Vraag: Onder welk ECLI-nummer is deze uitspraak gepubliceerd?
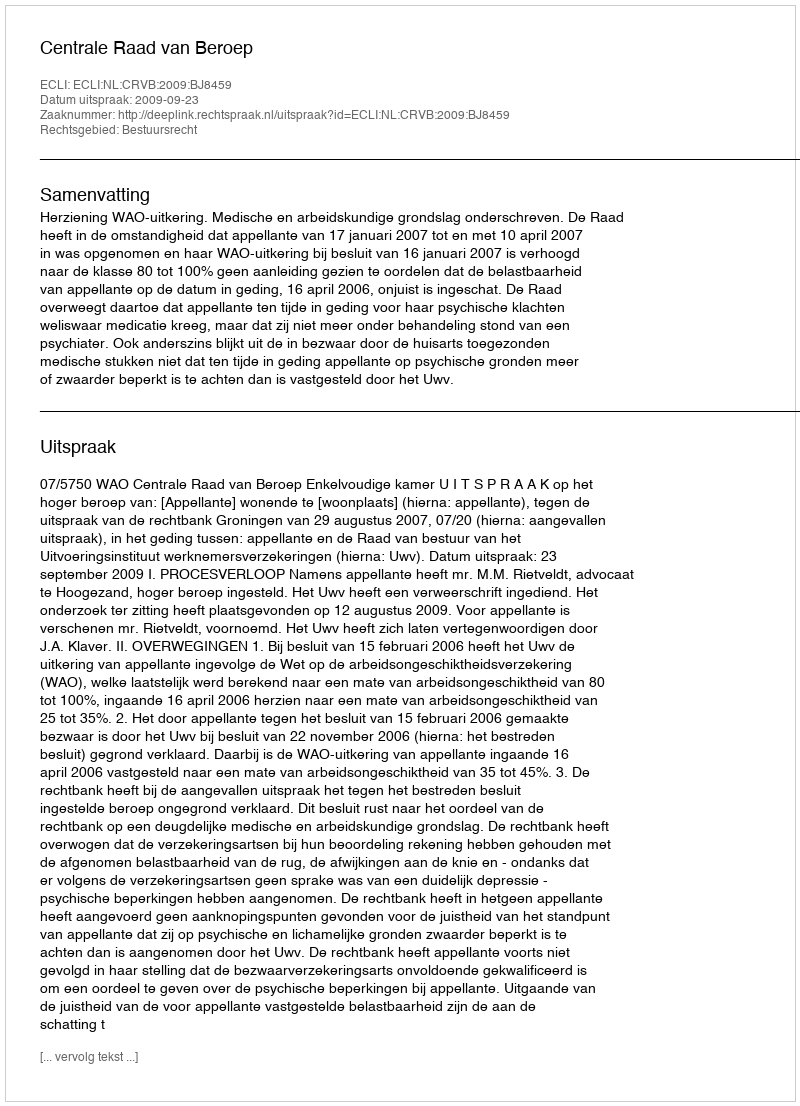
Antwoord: ECLI:NL:CRVB:2009:BJ8459